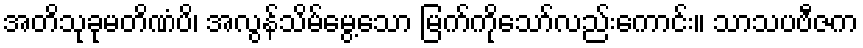
အတိသုခုမတိဏံပိ၊ အလွန်သိမ်မွေ့သော မြက်ကိုသော်လည်းကောင်း။ သာသပဗီဇက